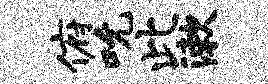
俯吮此漱